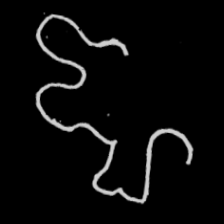
Pyu character \u2014 Myanmar letter: ဈ (romanized: jha)